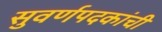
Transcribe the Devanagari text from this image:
सुवर्णपदकांची